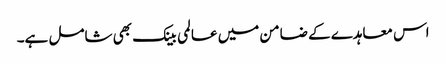
اس معاہدے کے ضامن میں عالمی بینک بھی شامل ہے۔